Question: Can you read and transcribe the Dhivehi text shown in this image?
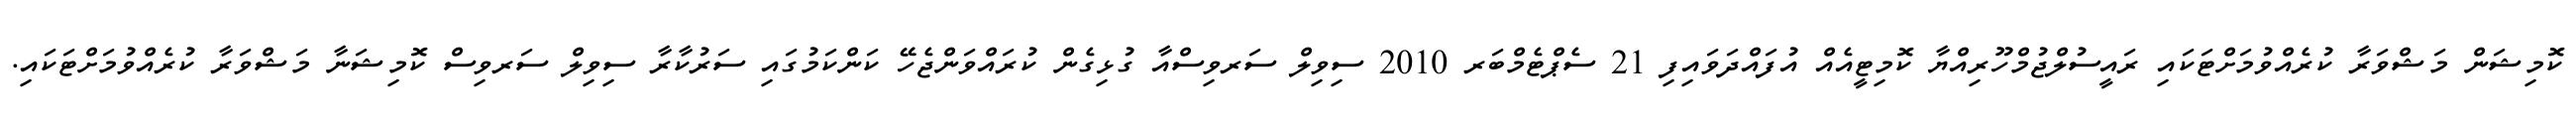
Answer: ކޮމިޝަން މަޝްވަރާ ކުރެއްވުމަށްޓަކައި ރައީސުލްޖުމްހޫރިއްޔާ ކޮމިޓީއެއް އުފައްދަވައިފި 21 ސެޕްޓެމްބަރ 2010 ސިވިލް ސަރވިސްއާ ގުޅިގެން ކުރައްވަންޖެހޭ ކަންކަމުގައި ސަރުކާރާ ސިވިލް ސަރވިސް ކޮމިޝަނާ މަޝްވަރާ ކުރެއްވުމަށްޓަކައި.